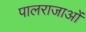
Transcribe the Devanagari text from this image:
पालराजाओं